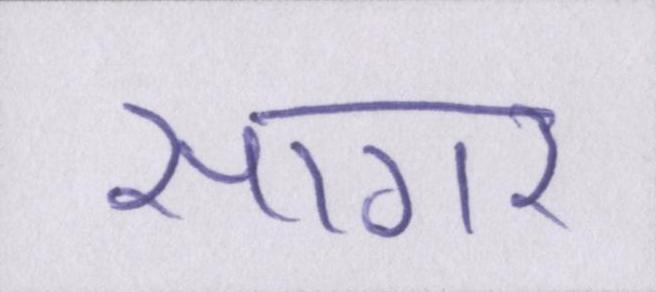
सागर